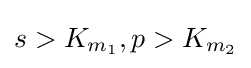
s>K_{m_{1}},p>K_{m_{2}}